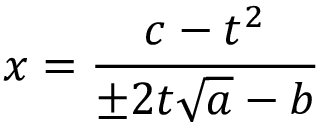
x = { \frac { c - t ^ { 2 } } { \pm 2 t { \sqrt { a } } - b } }